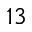
1 3